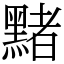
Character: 䵭